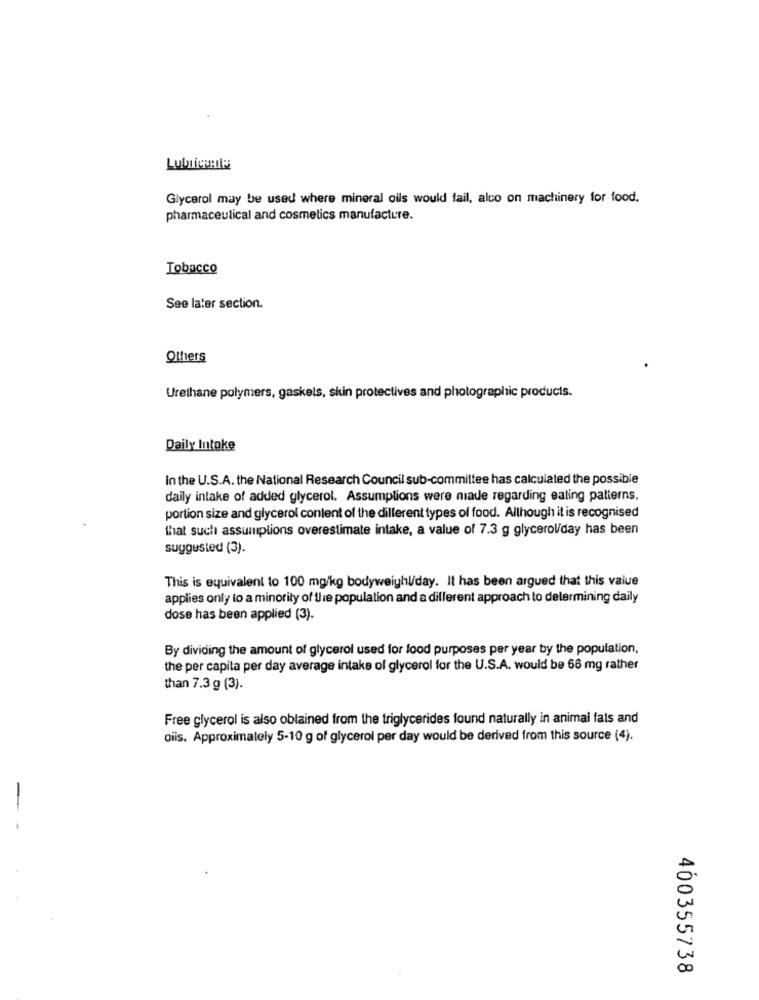
Lubricante
Glycerol may be used where mineral oils would fail, alco on machinery for food.
pharmaceutical and cosmetics manufacture.
Tobacco
See later section.
Others
Urethane polymers, gaskels, skin protectives and photographic products.
Daily Intake
In the U.S.A. the National Research Council sub-committee has calculated the possible
daily intake of added glycerol. Assumptions were niade regarding eating patterns.
portion size and glycerol content of the dillerent types of food. Although it is recognised
that such assumplions overestimate intake, a value of 7.3 g glycerolday has been
suggested (3).
This is equivalent to 100 mg/kg bodyweight/day. It has been argued that this value
applies only to a minority of the population and a different approach to delermining daily
dose has been applied (3).
By dividing the amount of glycerol used for food purposes per year by the population,
the per capita per day average intake of glycerol for the U.S.A. would be 66 mg rather
than 7.3 g (3).
Free glycerol is also oblained from the triglycerides found naturally in animal fals and
oiis. Approximately 5-10 g of glycerol per day would be derived from this source (4).
400355738